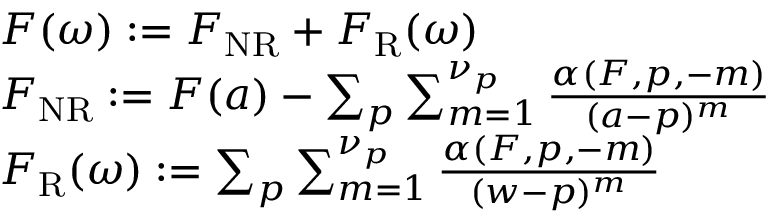
\begin{array} { r } { \begin{array} { r l } & { F ( \omega ) : = F _ { \mathrm { N R } } + F _ { \mathrm { R } } ( \omega ) } \\ & { F _ { \mathrm { N R } } : = F ( a ) - \sum _ { p } \sum _ { m = 1 } ^ { \nu _ { p } } \frac { \alpha ( F , p , - m ) } { ( a - p ) ^ { m } } } \\ & { F _ { \mathrm { R } } ( \omega ) : = \sum _ { p } \sum _ { m = 1 } ^ { \nu _ { p } } \frac { \alpha ( F , p , - m ) } { ( w - p ) ^ { m } } } \end{array} } \end{array}